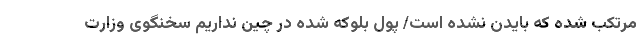
مرتکب شده که بایدن نشده است/ پول بلوکه شده در چین نداریم سخنگوی وزارت